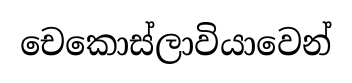
චෙකොස්ලාවියාවෙන්